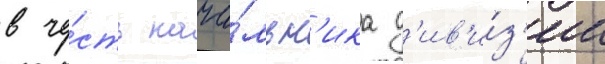
в че́сть нача́льн'ика д'ив'и́з'ии